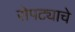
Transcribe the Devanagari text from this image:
रोपट्याचे